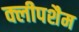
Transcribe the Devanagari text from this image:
क्लीपशैम